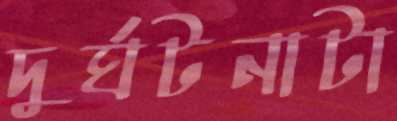
দুর্ঘটনাটা